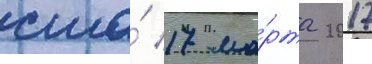
сша́ 17 ма́рта 2017